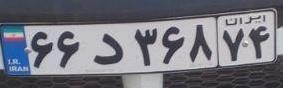
۶۶د۳۶۸۷۴